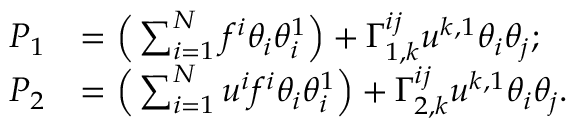
\begin{array} { r l } { P _ { 1 } } & { = \Big ( \sum _ { i = 1 } ^ { N } f ^ { i } \theta _ { i } \theta _ { i } ^ { 1 } \Big ) + \Gamma _ { 1 , k } ^ { i j } u ^ { k , 1 } \theta _ { i } \theta _ { j } ; } \\ { P _ { 2 } } & { = \Big ( \sum _ { i = 1 } ^ { N } u ^ { i } f ^ { i } \theta _ { i } \theta _ { i } ^ { 1 } \Big ) + \Gamma _ { 2 , k } ^ { i j } u ^ { k , 1 } \theta _ { i } \theta _ { j } . } \end{array}